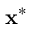
\mathbf { x } ^ { * }